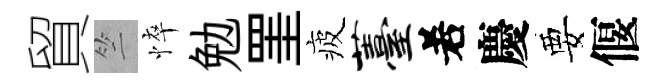
貿竺悴勉罣疲薹𠰥慶要偃